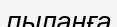
пыланға